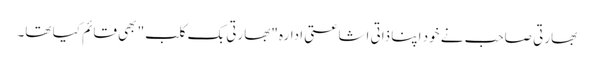
بھارتی صاحب نے خود اپنا ذاتی اشاعتی ادارہ "بھارتی بک کلب" بھی قائم کیا تھا۔